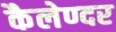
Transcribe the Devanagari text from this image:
कैलेण्दर